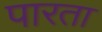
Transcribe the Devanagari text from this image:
पारता